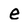
Character: e